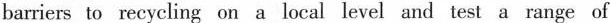
barriers to recycling on a local level and test a range of